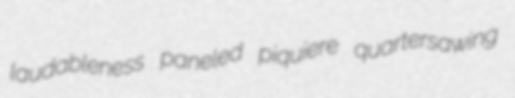
laudableness paneled piquiere quartersawing